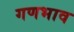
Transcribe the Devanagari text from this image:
गणभाव